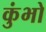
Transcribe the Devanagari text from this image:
कुंभो